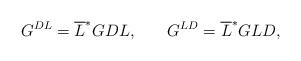
LaTeX: \begin{align*}G^{DL}=\overline{L}^{*}GDL,\hspace{0.3in}G^{LD}=\overline{L}^{*}GLD,\end{align*}